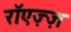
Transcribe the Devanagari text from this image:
रॉएज़्ज़